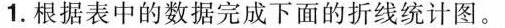
1.根据表中的数据完成下面的折线统计图。